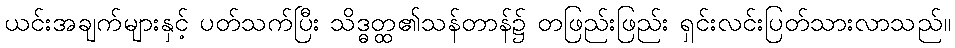
ယင်းအချက်များနှင့် ပတ်သက်ပြီး သိဒ္ဓတ္ထ၏သန်တာန်၌ တဖြည်းဖြည်း ရှင်းလင်းပြတ်သားလာသည်။